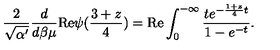
\frac { 2 } { \sqrt { \alpha ^ { \prime } } } \frac { d } { d \beta \mu } \mathrm { R e } \psi ( \frac { 3 + z } { 4 } ) = \mathrm { R e } \int _ { 0 } ^ { - \infty } \frac { t e ^ { - \frac { 1 + z } { 4 } t } } { 1 - e ^ { - t } } .